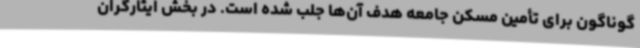
گوناگون برای تأمین مسکن جامعه هدف آن‌ها جلب شده است. در بخش ایثارگران